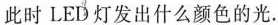
此时LED灯发出什么颜色的光.